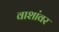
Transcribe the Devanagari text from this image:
वाशांवर